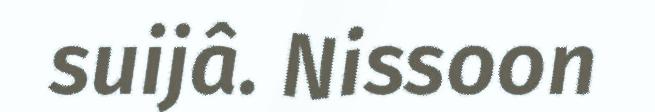
suijâ. Nissoon